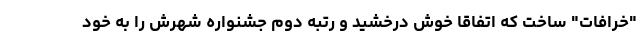
"خرافات" ساخت که اتفاقا خوش درخشید و رتبه دوم جشنواره شهرش را به خود